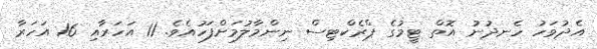
އެދުވަހު ހެނދުނު އޮތް ޓީމުގެ ޕްރެކްޓިސް ނިންމާލުމަށްފަހުއެވެ. 11 އަހަރާއި 16 އަހަރާ